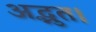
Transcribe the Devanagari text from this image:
अद्भुत।